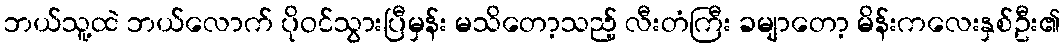
ဘယ်သူ့ထဲ ဘယ်လောက် ပိုဝင်သွားပြီမှန်း မသိတော့သည့် လီးတံကြီး ခမျာတော့ မိန်းကလေးနှစ်ဦး၏